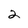
Character: 2